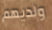
ولديهم